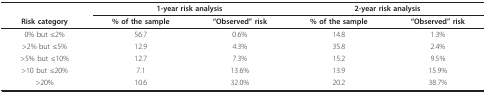
<table><thead><tr><td></td><td colspan="2"><b>1-year risk analysis</b></td><td colspan="2"><b>2-year risk analysis</b></td></tr><tr><td><b>Risk category</b></td><td><b>% of the sample</b></td><td><b>&quot;Observed&quot; risk</b></td><td><b>% of the sample</b></td><td><b>&quot;Observed&quot; risk</b></td></tr></thead><tbody><tr><td>0% but ≤2%</td><td>56.7</td><td>0.6%</td><td>14.8</td><td>1.3%</td></tr><tr><td>&gt;2% but ≤5%</td><td>12.9</td><td>4.3%</td><td>35.8</td><td>2.4%</td></tr><tr><td>&gt;5% but ≤10%</td><td>12.7</td><td>7.3%</td><td>15.2</td><td>9.5%</td></tr><tr><td>&gt;10 but ≤20%</td><td>7.1</td><td>13.6%</td><td>13.9</td><td>15.9%</td></tr><tr><td>&gt;20%</td><td>10.6</td><td>32.0%</td><td>20.2</td><td>38.7%</td></tr></tbody></table>